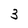
Character: 3